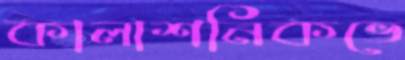
কালাশনিকভে